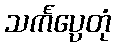
သင်္ကပ္ပေတုံ